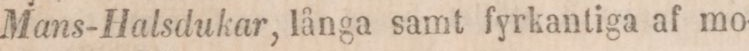
Mans-Halsdukar, långa samt fyrkantiga af mo-